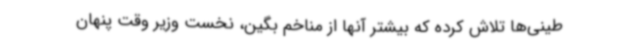
طینی‌ها تلاش کرده که بیشتر آنها از مناخم بگین، نخست وزیر وقت پنهان